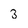
Character: 3